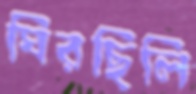
ঘিরছিলি